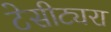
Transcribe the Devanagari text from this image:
टेसीट्यरा